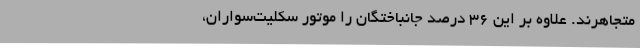
متجاهرند. علاوه بر این 36 درصد جانباختگان را موتور سکلیت‌سواران،